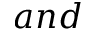
a n d